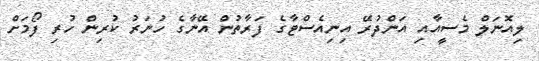
ލިއޮނަލް މެސީއާއި އަންދުރޭ އިނިއެސްޓާގެ ފަރާތުން އޭނާގެ ހުނަރު ކުރިން ހުރި ފޯމަށް